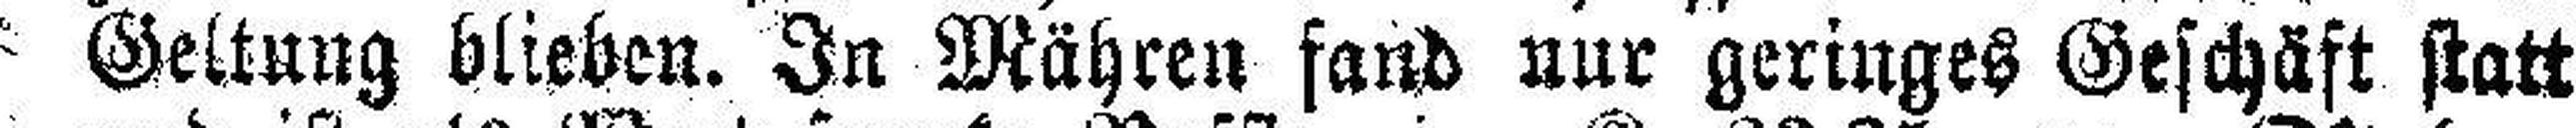
Geltung blieben. In Mähren fand nur geringes Geschäft statt